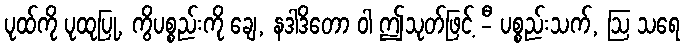
ပုထ်ကို ပုထုပြု, ကွိပစ္စည်းကို ချေ, နဒါဒိတော ဝါ ဤသုတ်ဖြင့် -ီ ပစ္စည်းသက်, ဩ သရေ